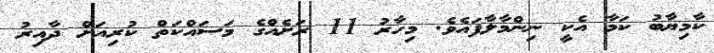
ކާމިޔާބު ކަމާ އެކީ ނިންމާލާފައެވެ. މިހާރު 11 ރަށެއްގެ މަސައްކަތް ކުރިއަށް ދާއިރު